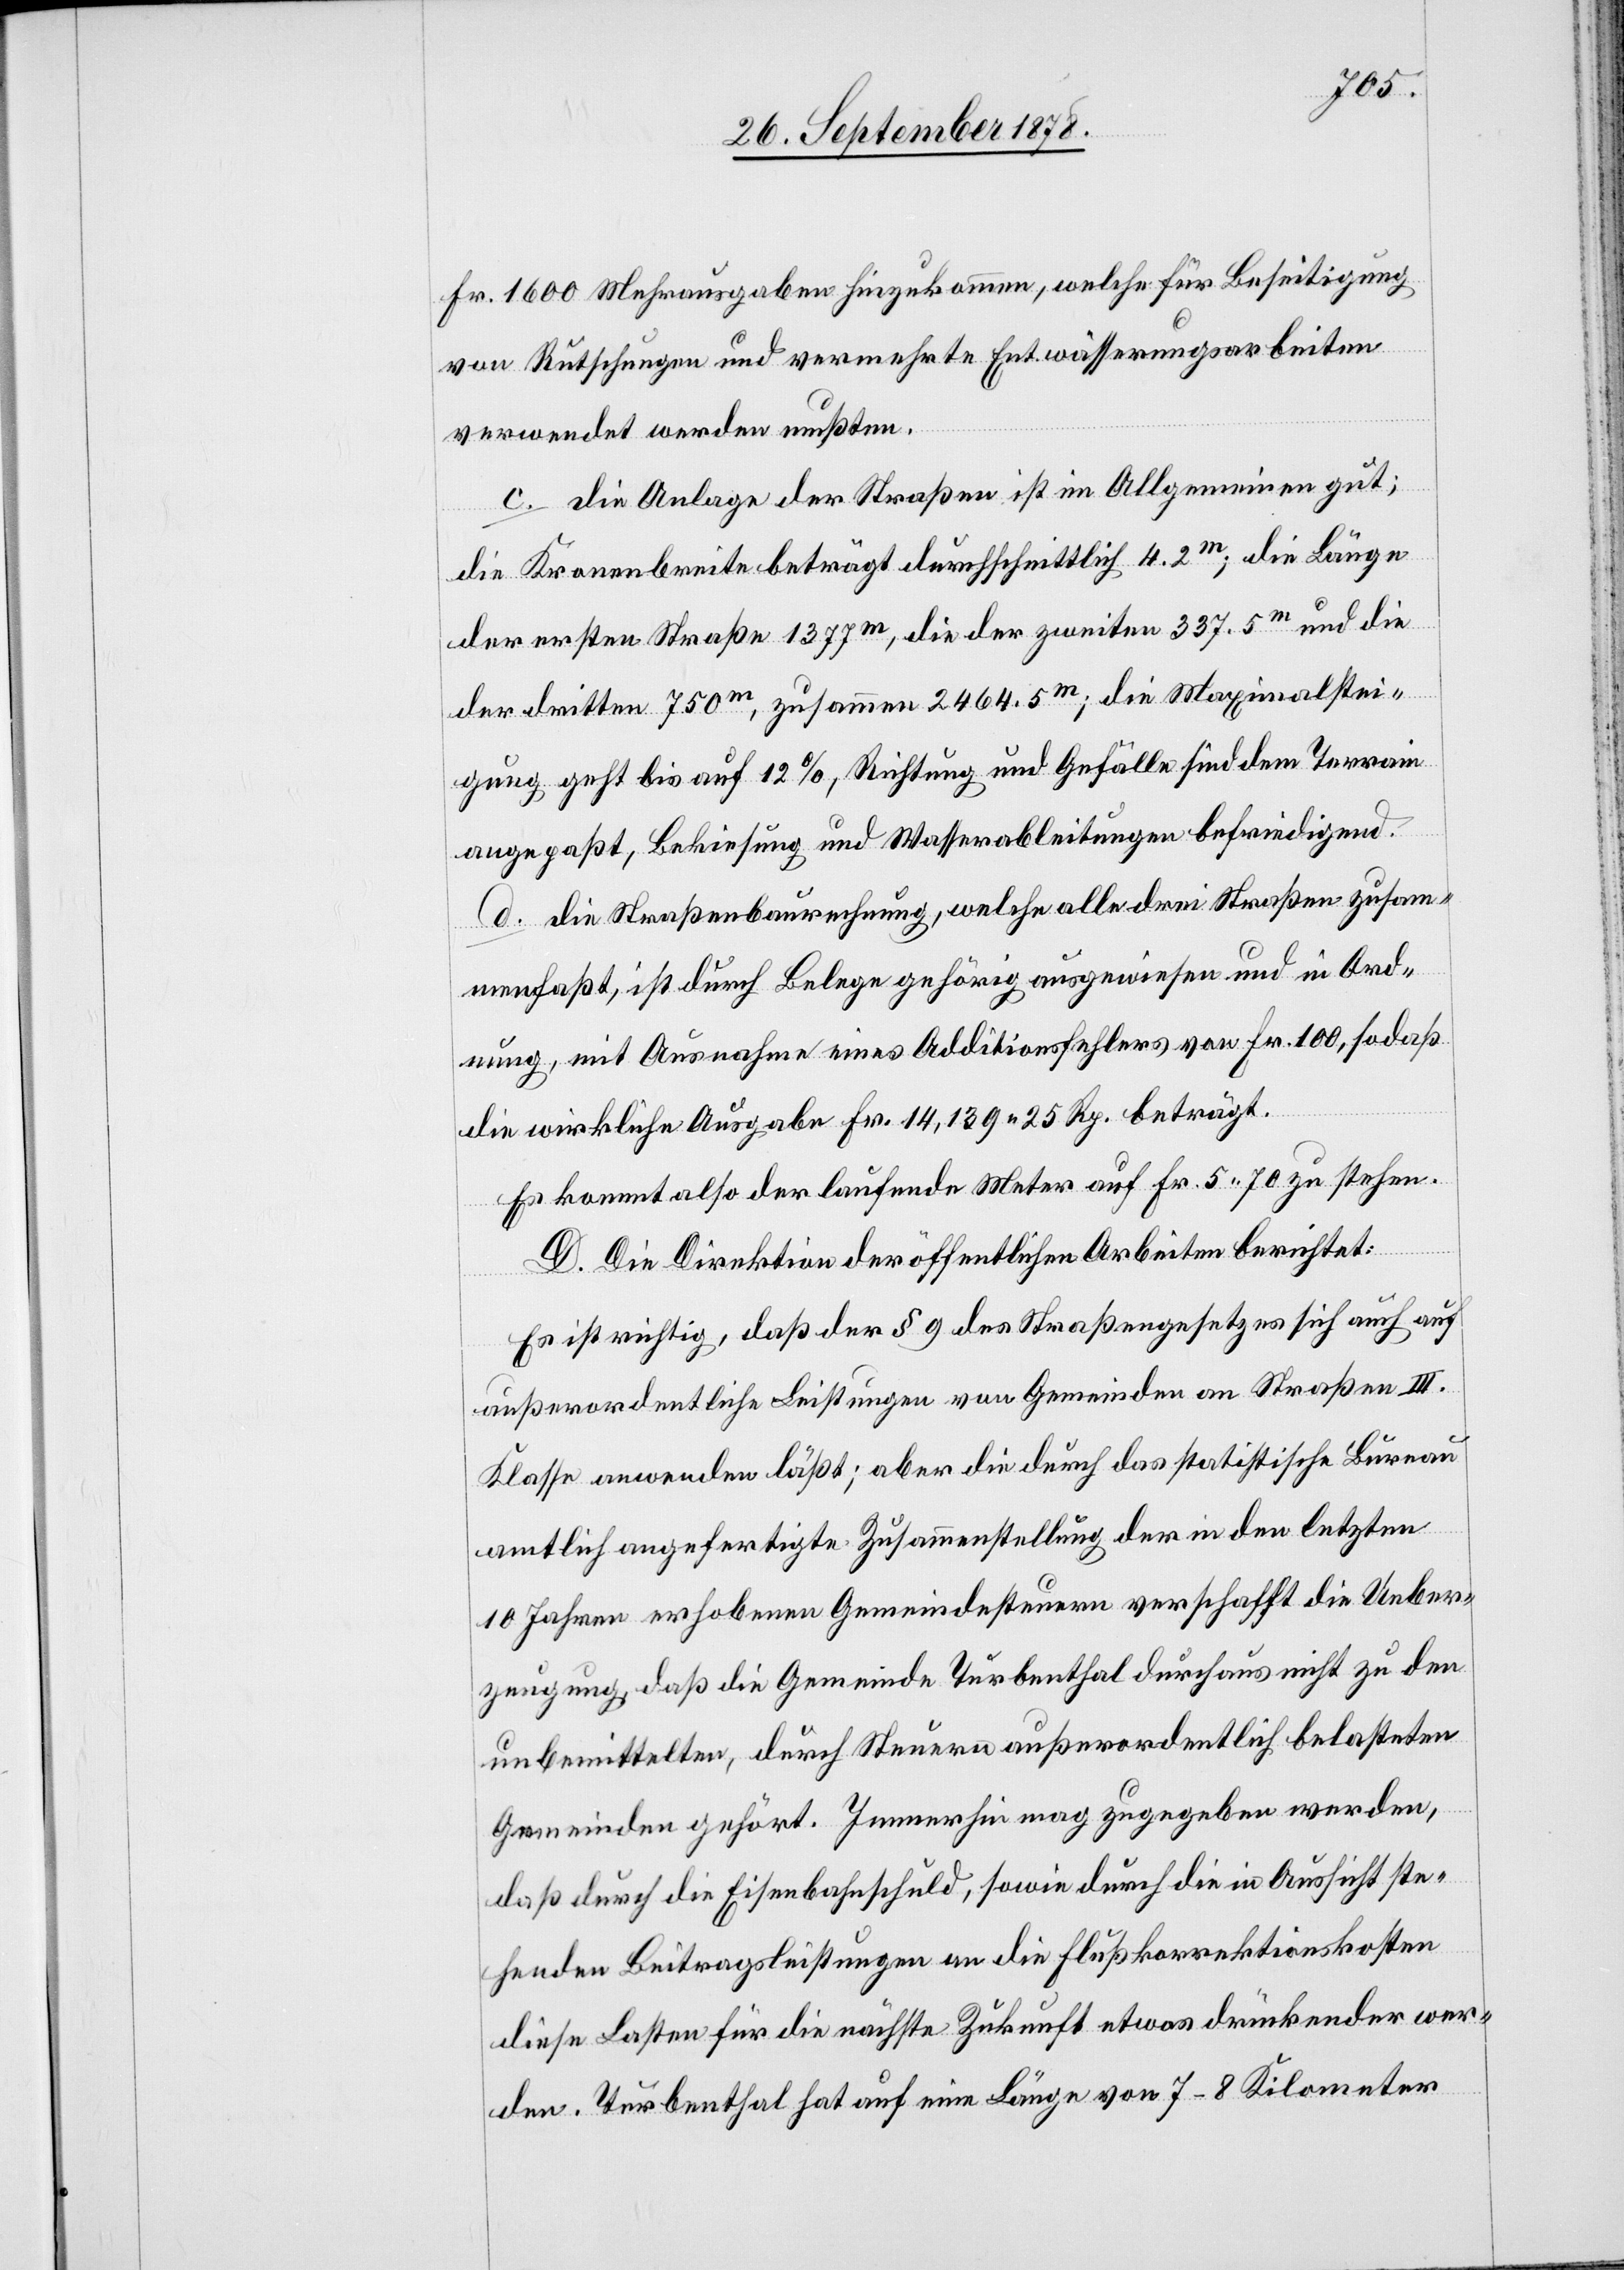
Fr. 1600 Mehrausagaben hinzukommen, welche für Beseitigung
von Rutschungen und vermehrte Entwässerungsarbeiten
verwendet werden mußten.
c. die anlage der Straßen ist im Allgemeinen gut;
die Kronenbreite beträgt durchschnittlich 4.2m; die Länge
der ersten Straße 1377m, die der zweiten 337.5m und die
der dritten 750m, zusammen 2464.5m; die Maximalstei¬
gung geht bis auf 12%, Richtung und Gefälle sind dem Terrain
angepaßt, Bekiesung und Wasserableitungen befriedigend.
d. die Straßenbaurechnung, welche alle drei Straßen zusam¬
menfaßt, ist durch Belege gehörig ausgewiesen und in Ord¬
nung, mit ausnahme eines Additionsfehlers von Fr. 100, sodaß
die wirkliche Ausgabe Fr. 14,139 25 Rp. beträgt.
Es kommt also der laufende Meter auf Fr. 5 70 zu stehen.
D. Die Direktion der öffentlichen Arbeiten berichtet:
Es ist richtig, daß der § 9 des Straßengesetzes sich auch auf
außerordentliche Leistungen von Gemeinden an Straßen III.
Klasse anwenden läßt; aber die durch das statistische Bureau
amtlich angefertigte Zusammenstellung der in den letzten
10 Jahren erhobenen Gemeindesteuern verschafft die Ueber¬
zeugung, daß die Gemeinde Turbenthal durchaus nicht zu den
unbemittelten, durch Steuern außerordentlich belasteten
Gemeinden gehört. Immerhin mag zugegeben werden,
daß durch die Eisenbahnschuld, sowie durch die in Aussicht ste¬
henden Beitragsleistungen an die Flußkorrektionskosten
diese Lasten für die nächste Zukunft etwas drückender wer¬
den. Turbenthal hat auf eine Länge von 7–8 Kilometer